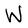
Character: W